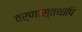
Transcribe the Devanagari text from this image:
वर्णास्तथापि